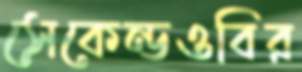
সেকেন্ডওবির